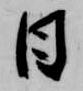
日